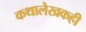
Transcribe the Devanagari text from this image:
कथालेखकही